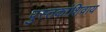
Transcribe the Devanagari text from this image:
पुस्तकांशिवाय